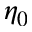
\eta _ { 0 }